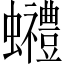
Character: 𧕬